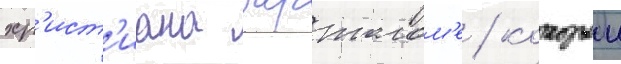
хр'ист'иана бартолом'е / которыи